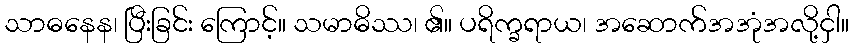
သာဓနေန၊ ပြီးခြင်း ကြောင့်။ သမာဓိဿ၊ ၏။ ပရိက္ခရာယ၊ အဆောက်အအုံအလို့ငှါ။